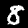
Label: 8